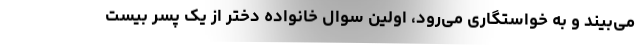
می‌بیند و به خواستگاری می‌رود، اولین سوال خانواده دختر از یک پسر بیست